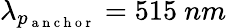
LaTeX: \lambda_{p_{\mathrm{~a~n~c~h~o~r~}}}=515~nm